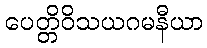
ပေတ္တိဝိသယဂမနီယာ